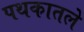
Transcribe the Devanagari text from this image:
पथकातले